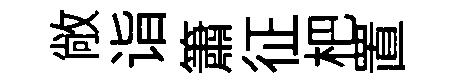
敞诣簫征杷置